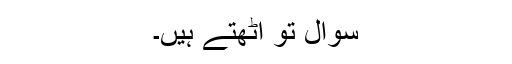
سوال تو اٹھتے ہیں۔